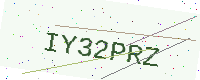
Text: IY32PRZ